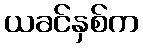
ယခင်နှစ်က